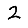
Digit: 2